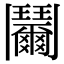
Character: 𩰞